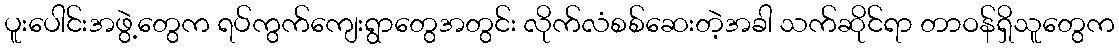
ပူးပေါင်းအဖွဲ့တွေက ရပ်ကွက်ကျေးရွာတွေအတွင်း လိုက်လံစစ်ဆေးတဲ့အခါ သက်ဆိုင်ရာ တာဝန်ရှိသူတွေက